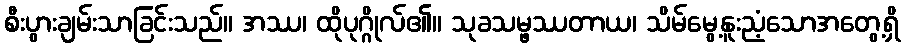
စီးပွားချမ်းသာခြင်းသည်။ အဿ၊ ထိုပုဂ္ဂိုလ်၏။ သုခသမ္ဖဿတာယ၊ သိမ်မွေ့နူးညံ့သောအတွေ့ရှိ